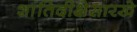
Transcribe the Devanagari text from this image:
शांतिदीक्षेसारखे